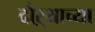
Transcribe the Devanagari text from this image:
दौऱ्याच्या